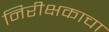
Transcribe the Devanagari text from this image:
निरीक्षकाचा